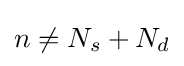
n\neq N_{s}+N_{d}